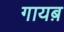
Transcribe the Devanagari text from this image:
गायब़